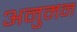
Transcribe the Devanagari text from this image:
अनुमन